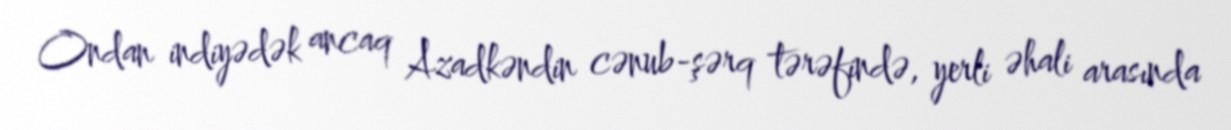
Ondan indiyədək ancaq Azadkəndin cənub-şərq tərəfində, yerli əhali arasında